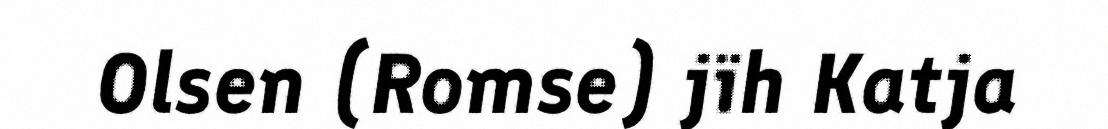
Olsen (Romse) jïh Katja